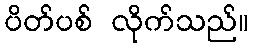
ပိတ်ပစ် လိုက်သည်။